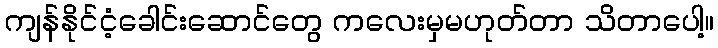
ကျန်နိုင်ငံ့ခေါင်းဆောင်တွေ ကလေးမှမဟုတ်တာ သိတာပေါ့။